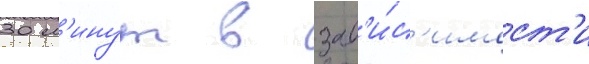
30 м'инут в зав'и́с'имост'и